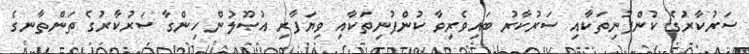
ސަރުކާރުގެ ކުންފުނިތަކާއި ސަރުކާރު ބައިވެރިވާ ކުންފުނިތަކާއި ވިޔަފާރި އުޞޫލުން ހިންގާ ސަރުކާރުގެ ތަންތާނގެ